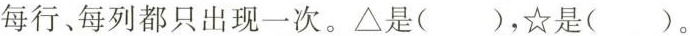
|1每行、每列都只出现一次。△是( )，☆是( )。